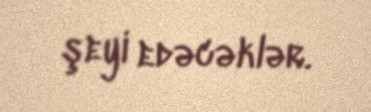
şeyi edəcəklər.